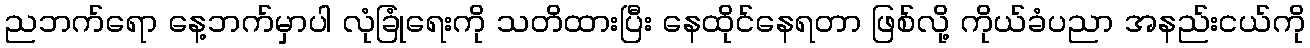
ညဘက်ရော နေ့ဘက်မှာပါ လုံခြုံရေးကို သတိထားပြီး နေထိုင်နေရတာ ဖြစ်လို့ ကိုယ်ခံပညာ အနည်းငယ်ကို